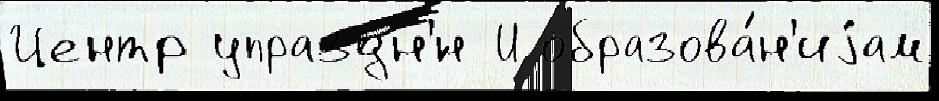
Центр упраздн'́н И образова́н'иjам